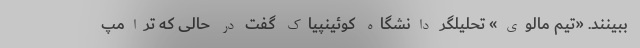
ببینند. «تیم مالوی» تحلیلگر دانشگاه کوئینپیاک گفت در حالی که ترامپ